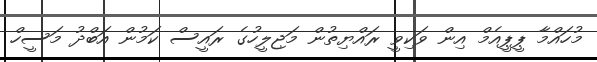
މުހައްމާ ޕީޕީއެމް އިން ވަކިވީ ރައްޔިތުން މަޖިލީހުގެ ރައީސް ކަމުން އަބްދު މަސީހް